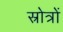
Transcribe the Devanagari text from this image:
स्रोत्रों